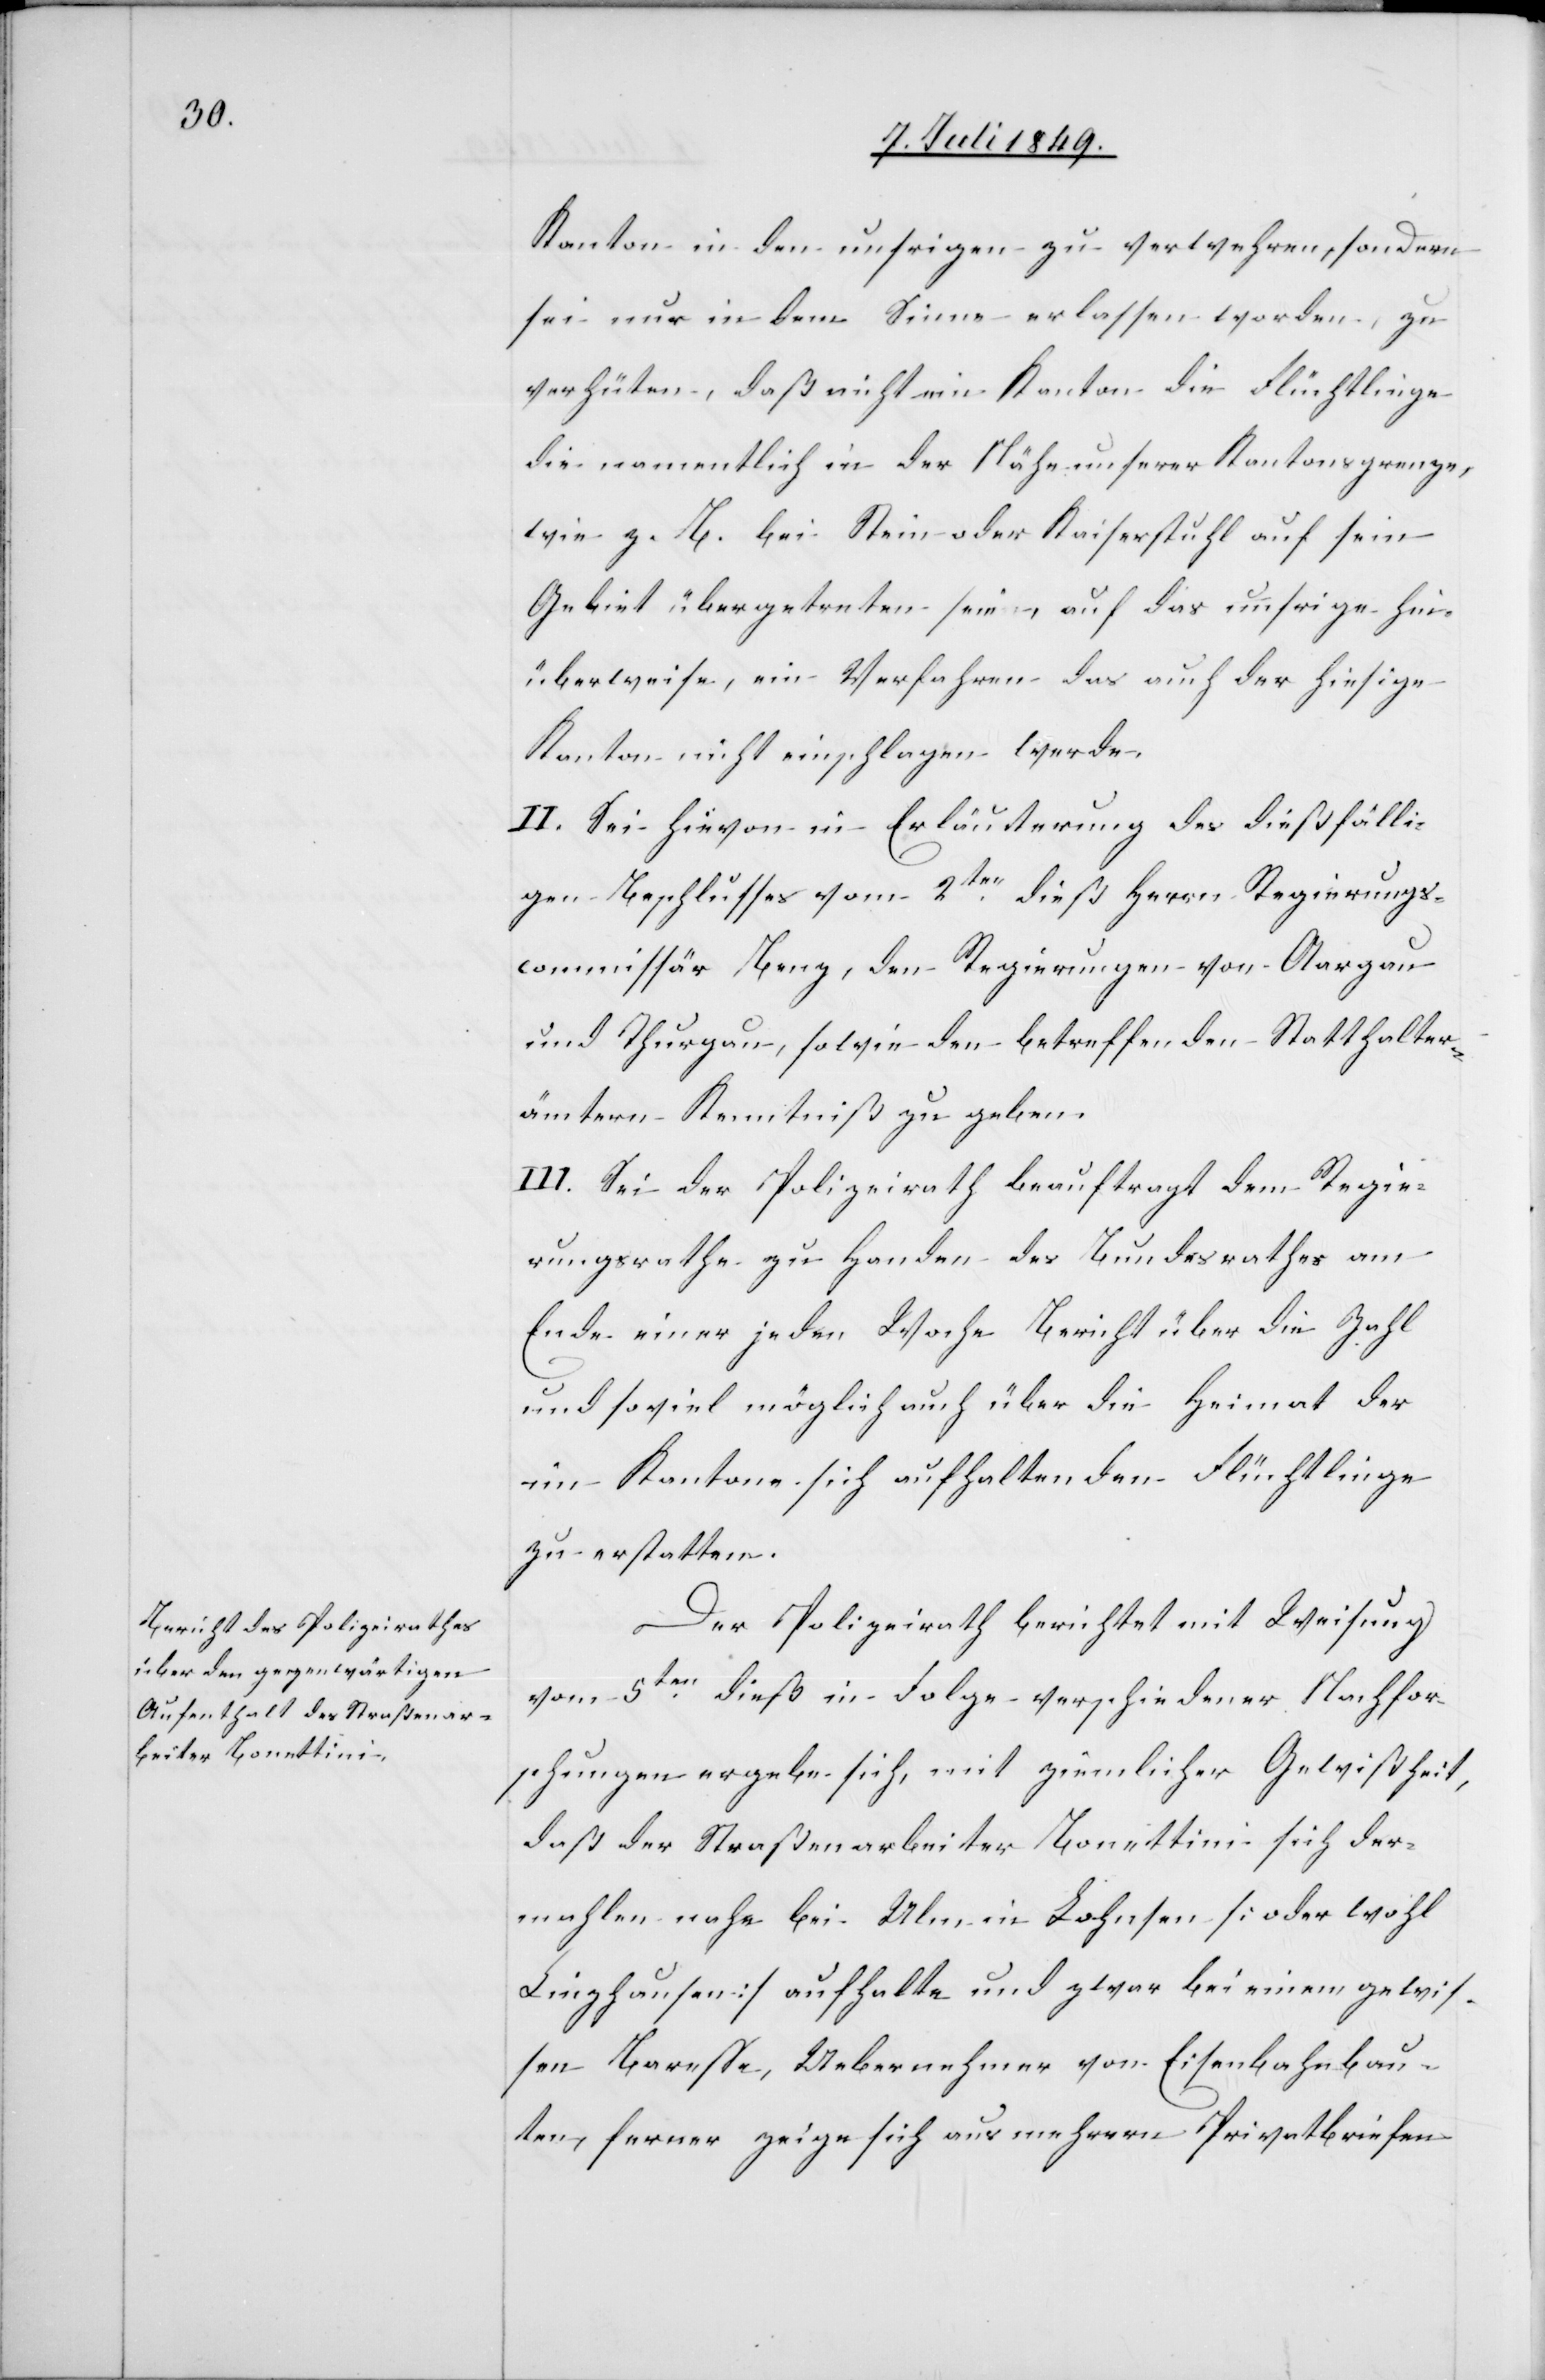
Kanton in den unsrigen zu verwehren, sondern
sei nur in dem Sinne erlassen worden, zu
verhüten, daß nicht ein Kanton die Flüchtlinge
die namentlich in der Nähe unserer Kantonsgrenze,
wie z. B. bei Stein oder Kaiserstuhl auf sein
Gebiet übergetreten seien, auf das unsrige hin¬
überweise, ein Verfahren das auch der hiesige
Kanton nicht einschlagen werde.
II. Sei hievon in Erläuterung des dießfälli¬
gen Beschlusses vom 2ten dieß Herrn Regierungs¬
commissär Benz, den Regierungen von Aargau
und Thurgau, sowie den betreffenden Statthalter¬
ämtern Kenntniß zu geben.
III. Sei der Polizeirath beauftragt dem Regie¬
rungsrathe zu Handen des Bundesrathes am
Ende einer jeden Woche Bericht über die Zahl
und soviel möglich auch über die Heimat der
im Kantone sich aufhaltenden Flüchtlinge
zu erstatten.
Der Polizeirath berichtet mit Weisung
vom 5ten dieß in Folge verschiedener Nachfor¬
schungen ergebe sich, mit ziemlicher Gewißheit,
daß der Straßenarbeiter Bonettini sich der¬
mahlen nahe bei Ulm in Lohnsen [oder wohl
Linzhausen] aufhalte und zwar bei einem gewis¬
sen Baresse, Uebernehmer von Eisenbahnbau¬
ten, ferner zeige sich aus mehrern Privatbriefen